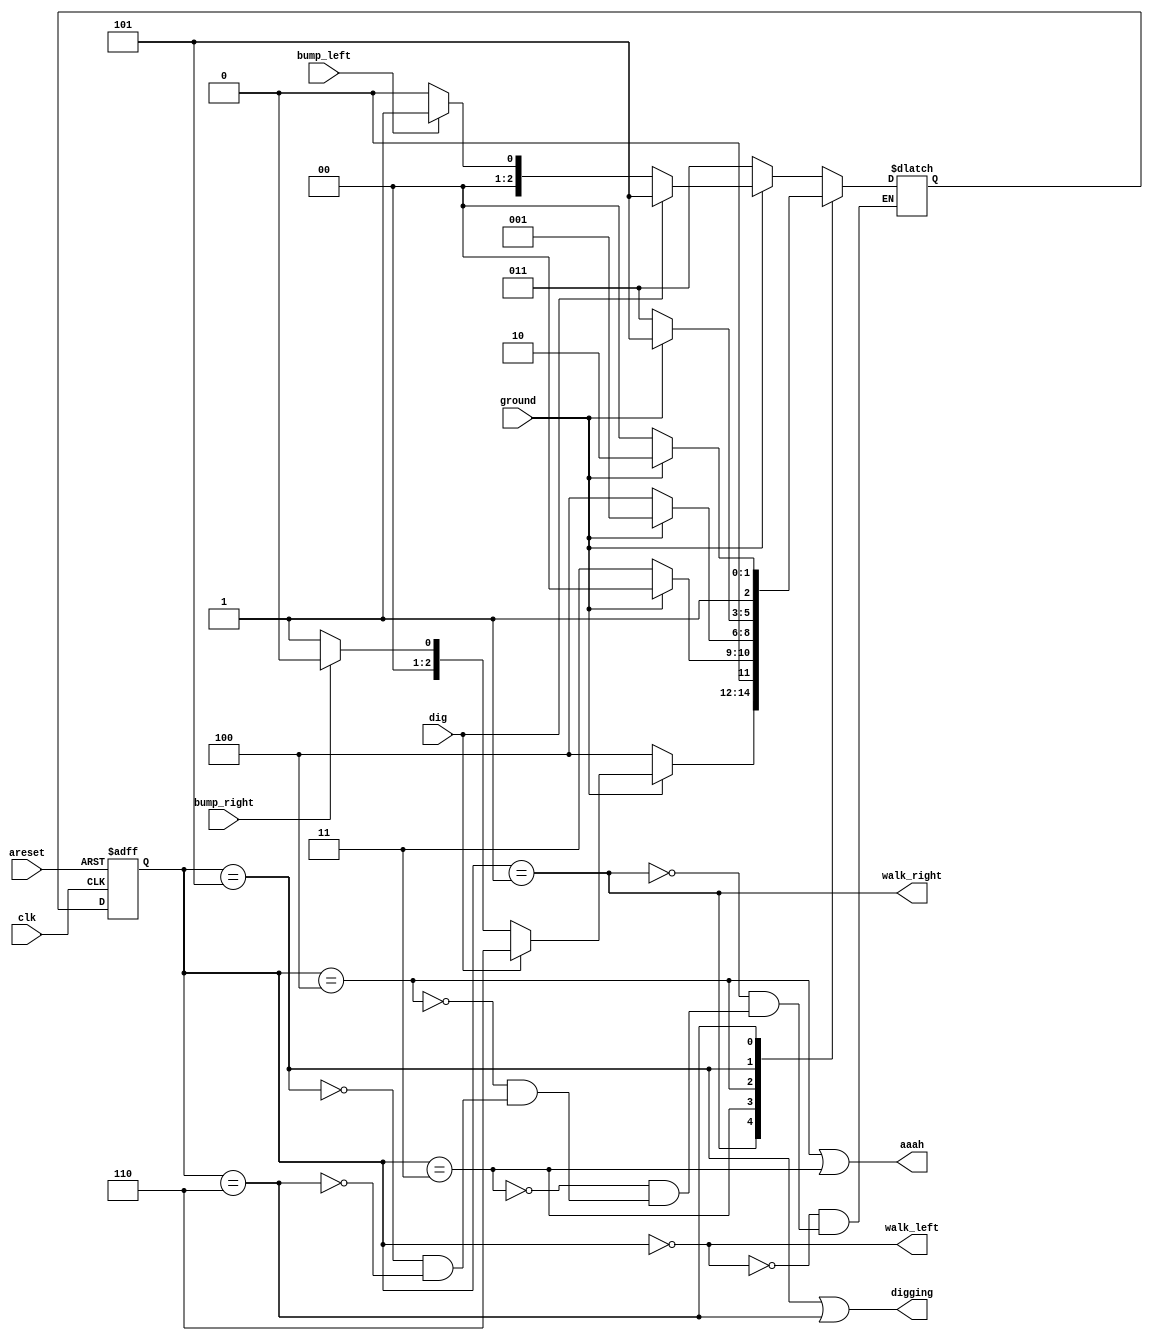
// This program was cloned from: https://github.com/Yvan-xy/verilog-doc
// License: GNU General Public License v2.0

module top_module(
    input clk,
    input areset,    // Freshly brainwashed Lemmings walk left.
    input bump_left,
    input bump_right,
    input ground,
    input dig,
    output walk_left,
    output walk_right,
    output aaah,
    output digging );

    reg [2:0] state, next_state;
    parameter LEFT=0, RIGHT=1, LEFT_GROUND=3, RIGHT_GROUND=4, DIG_LEFT=5, DIG_RIGHT=6;
    always @(*) begin
        case (state)
            LEFT: begin
                if(ground) begin
                    if(dig) begin
                        next_state <= DIG_LEFT;
                    end else begin
                        next_state <= bump_left ? RIGHT : LEFT;
                    end
                end else begin
                    next_state <= LEFT_GROUND;
                end
            end
            RIGHT: begin
                if(ground) begin
                    if(dig) begin
                        next_state <= DIG_RIGHT; 
                    end else begin
                        next_state <= bump_right ? LEFT : RIGHT;
                    end
                end else begin
                    next_state <= RIGHT_GROUND;
                end
            end
            LEFT_GROUND: begin
                if(ground) begin
                    next_state <= LEFT;
                end else begin
                    next_state <= LEFT_GROUND;
                end
            end
            RIGHT_GROUND: begin
                if(ground) begin
                    next_state <= RIGHT;
                end else begin
                    next_state <= RIGHT_GROUND;
                end
            end
            DIG_LEFT: begin
                if(ground) begin
                    next_state <= DIG_LEFT;
                end else begin
                    next_state <= LEFT_GROUND;
                end
            end
            DIG_RIGHT: begin
                if(ground) begin
                    next_state <= DIG_RIGHT;
                end else begin
                    next_state <= RIGHT_GROUND;
                end
            end
        endcase
    end

            always @(posedge clk or posedge areset) begin
                if( areset) begin
                    state <= LEFT;
                end else begin
                    state <= next_state;
                end
            end
            
            assign walk_left = (state == LEFT);
            assign walk_right = (state == RIGHT);
            assign aaah = (state == RIGHT_GROUND)||(state == LEFT_GROUND);
            assign digging = (state == DIG_LEFT)||(state == DIG_RIGHT);
endmodule